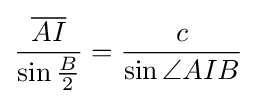
{\frac {\overline {AI}}{\sin {\frac {B}{2}}}}={\frac {c}{\sin \angle AIB}}